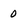
Character: 0